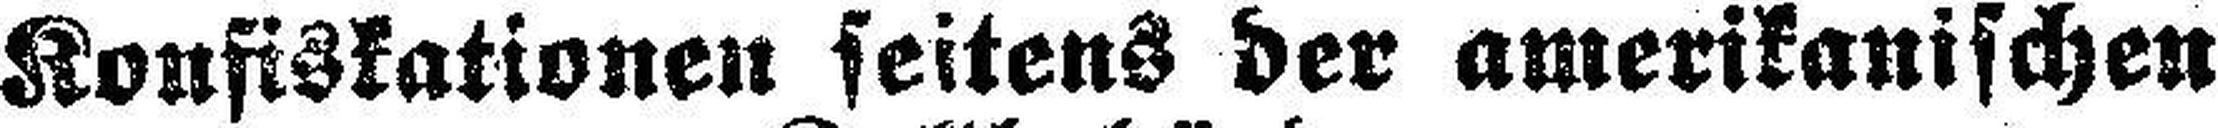
Konfiskationen seitens der amerikanischen